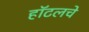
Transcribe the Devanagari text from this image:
हॉटलचे